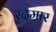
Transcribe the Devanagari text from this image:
रदमार